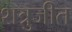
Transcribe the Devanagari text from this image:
शत्रुजीत